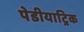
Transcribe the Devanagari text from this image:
पेडीयाट्रिक